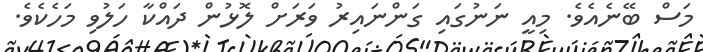
މަސް ބޭނެއެވެ. މިއީ ނަނުގައި ގަންނައިރު ވަރަށް ލޮޅުން ދައްކާ ހަލުވި މަހެކެވެ.